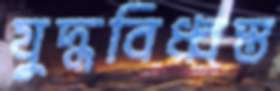
যুদ্ধবিধ্বস্ত